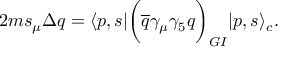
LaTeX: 2 m s _ { \mu } \Delta q = \langle p , s | \biggl ( { \overline { { q } } } \gamma _ { \mu } \gamma _ { 5 } q \biggr ) _ { G I } | p , s \rangle _ { c } .